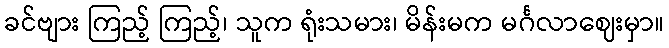
ခင်ဗျား ကြည့် ကြည့်၊ သူက ရုံးသမား၊ မိန်းမက မင်္ဂလာဈေးမှာ။